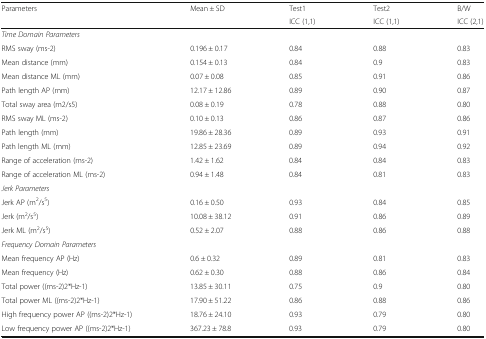
| <ROWSPAN=2> Parameters | Mean ± SD | Test1 | Test2 | B/W |
 |  | ICC (1,1) | ICC (1,1) | ICC (2,1) |
 | --- | --- | --- | --- | --- |
 | <COLSPAN=5> Time Domain Parameters |
 | RMS sway (ms-2) | 0.196 ± 0.17 | 0.84 | 0.88 | 0.83 |
 | Mean distance (mm) | 0.154 ± 0.13 | 0.84 | 0.9 | 0.83 |
 | Mean distance ML (mm) | 0.07 ± 0.08 | 0.85 | 0.91 | 0.86 |
 | Path length AP (mm) | 12.17 ± 12.86 | 0.89 | 0.90 | 0.87 |
 | Total sway area (m2/s5) | 0.08 ± 0.19 | 0.78 | 0.88 | 0.80 |
 | RMS sway ML (ms-2) | 0.10 ± 0.13 | 0.86 | 0.87 | 0.86 |
 | Path length (mm) | 19.86 ± 28.36 | 0.89 | 0.93 | 0.91 |
 | Path length ML (mm) | 12.85 ± 23.69 | 0.89 | 0.94 | 0.92 |
 | Range of acceleration (ms-2) | 1.42 ± 1.62 | 0.84 | 0.84 | 0.83 |
 | Range of acceleration ML (ms-2) | 0.94 ± 1.48 | 0.84 | 0.81 | 0.83 |
 | <COLSPAN=5> Jerk Parameters |
 | Jerk AP (m2/s5) | 0.16 ± 0.50 | 0.93 | 0.84 | 0.85 |
 | Jerk (m2/s5) | 10.08 ± 38.12 | 0.91 | 0.86 | 0.89 |
 | Jerk ML (m2/s5) | 0.52 ± 2.07 | 0.88 | 0.86 | 0.88 |
 | <COLSPAN=5> Frequency Domain Parameters |
 | Mean frequency AP (Hz) | 0.6 ± 0.32 | 0.89 | 0.81 | 0.83 |
 | Mean frequency (Hz) | 0.62 ± 0.30 | 0.88 | 0.86 | 0.84 |
 | Total power ((ms-2)2*Hz-1) | 13.85 ± 30.11 | 0.75 | 0.9 | 0.80 |
 | Total power ML ((ms-2)2*Hz-1) | 17.90 ± 51.22 | 0.86 | 0.88 | 0.86 |
 | High frequency power AP ((ms-2)2*Hz-1) | 18.76 ± 24.10 | 0.93 | 0.79 | 0.80 |
 | Low frequency power AP ((ms-2)2*Hz-1) | 367.23 ± 78.8 | 0.93 | 0.79 | 0.80 |